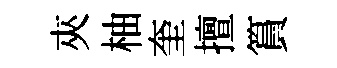
夾柚奎擅篔